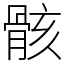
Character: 骸